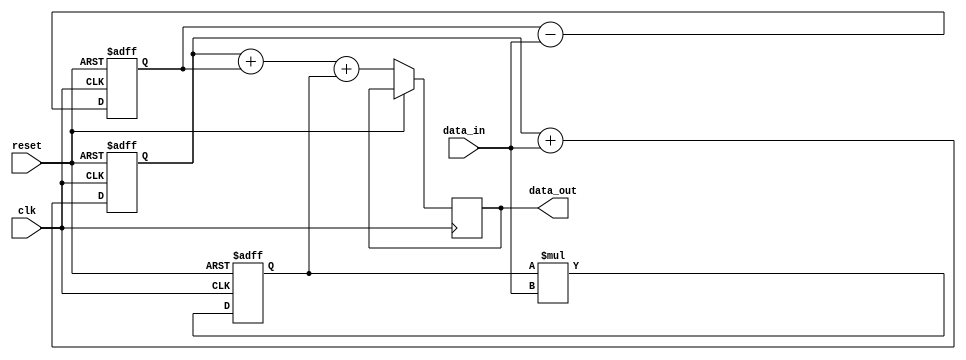
module PipelineAccumulator (
    input clk,
    input reset,
    input [31:0] data_in,
    output reg [31:0] data_out
);

reg [31:0] stage1_out, stage2_out, stage3_out;

always @(posedge clk or posedge reset) begin
    if (reset) begin
        stage1_out <= 32'h0;
        stage2_out <= 32'h0;
        stage3_out <= 32'h0;
    end else begin
        // Stage 1: Addition
        stage1_out <= stage1_out + data_in;
        
        // Stage 2: Subtraction
        stage2_out <= stage2_out - data_in;
        
        // Stage 3: Multiplication
        stage3_out <= stage3_out * data_in;
        
        // Output the final result
        data_out <= stage1_out + stage2_out + stage3_out;
    end
end

endmodule